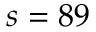
s = 8 9